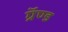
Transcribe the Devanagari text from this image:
ग्रॅण्ड